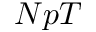
N p T